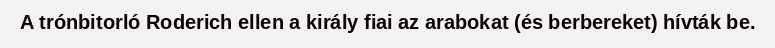
A trónbitorló Roderich ellen a király fiai az arabokat (és berbereket) hívták be.